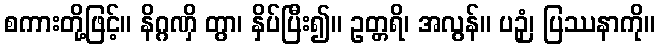
စကားတို့ဖြင့်။ နိဂ္ဂဏှိ တွာ၊ နှိပ်ပြီး၍။ ဥတ္တရိ၊ အလွန်။ ပဉှံ၊ ပြဿနာကို။